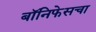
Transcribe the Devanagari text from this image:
बॉनिफेसचा